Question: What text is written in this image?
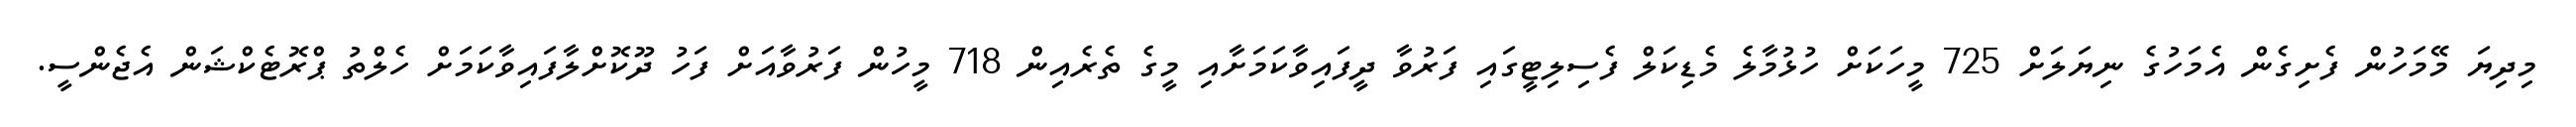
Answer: މިދިޔަ މޭމަހުން ފެށިގެން އެމަހުގެ ނިޔަލަށް 725 މީހަކަށް ހުޅުމާލެ މެޑިކަލް ފެސިލިޓީގައި ފަރުވާ ދީފައިވާކަމަށާއި މީގެ ތެރެއިން 718 މީހުން ފަރުވާއަށް ފަހު ދޫކޮށްލާފައިވާކަމަށް ހެލްތު ޕްރޮޓެކްޝަން އެޖެންސީ.